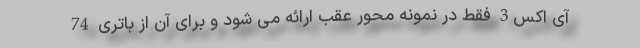
آی اکس3 فقط در نمونه محور عقب ارائه می شود و برای آن از باتری 74